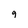
Character: q